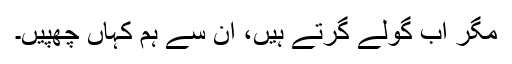
مگر اب گولے گرتے ہیں، ان سے ہم کہاں چھپیں۔